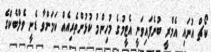
ކޯޗް އުނައި އެމްރީ ބުނެފައިވަނީ އެޓީމުގެ މުހިންމު ކުޅުންތެރިއެއް ކަމަށްވާ ޑެނީ ވެލްބެކްގެ